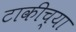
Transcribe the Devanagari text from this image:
टाकीच्या